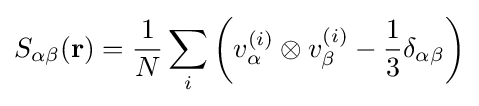
S_{\alpha \beta }(\mathbf {r} )={\frac {1}{N}}\sum _{i}\left(v_{\alpha }^{(i)}\otimes v_{\beta }^{(i)}-{\frac {1}{3}}\delta _{\alpha \beta }\right)